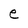
Character: e